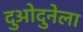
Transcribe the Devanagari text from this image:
दुओदुनेला